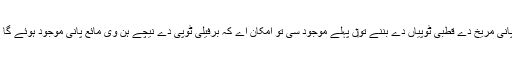
اس قیاوہدی وجہ تو‏ں سائنس دان کہ سکدے نيں کہ جے پانی مریخ دے قطبی ٹوپیاں دے بننے تو‏ں پہلے موجود سی تو امکان اے کہ برفیلی ٹوپی دے نیچے ہن وی مائع پانی موجود ہوئے گا تے ہو سکدا اے کہ اوہ حیات دے ثبوت وی رکھدا ہوئے۔